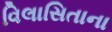
વિલાસિતાના